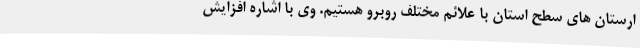
ارستان های سطح استان با علائم مختلف روبرو هستیم. وی با اشاره افزایش